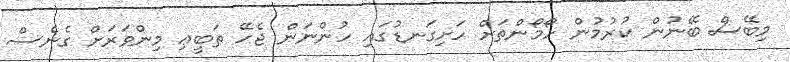
މިބޭސް ބޭނުން ކުރުމުން ހޯމޯންތަށް ހަށިގަނޑުގައި ހުންނަން ޖެހޭ ޠަބީޢި މިންވަރަށް ގެނެސް